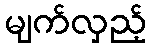
မျက်လှည့်